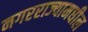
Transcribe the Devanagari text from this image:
नगरराज्यामधील